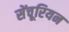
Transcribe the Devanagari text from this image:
सेंचूरियन